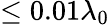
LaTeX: \le 0.01\lambda_{0}